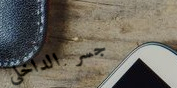
جسر الداخلي